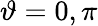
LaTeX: \vartheta=0,\pi